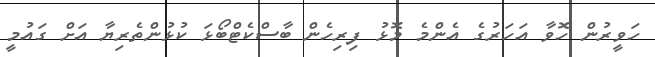
ހަވީރުން ހޮވާ އަހަރުގެ އެންމެ މޮޅު ފިރިހެން ބާސްކެޓްބޯޅަ ކުޅުންތެރިޔާ އަށް ގައުމީ